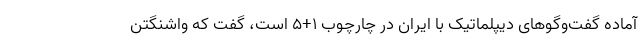
آماده گفت‌وگوهای دیپلماتیک با ایران در چارچوب 1+5 است، گفت که واشنگتن